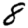
Digit: 8